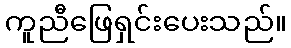
ကူညီဖြေရှင်းပေးသည်။